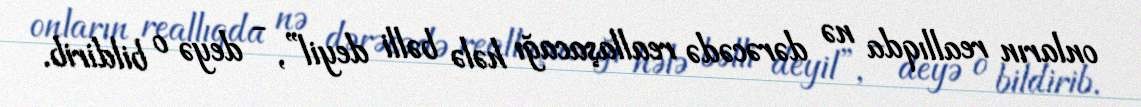
onların reallıqda nə dərəcədə reallaşacağı hələ bəlli deyil”, - deyə o bildirib.